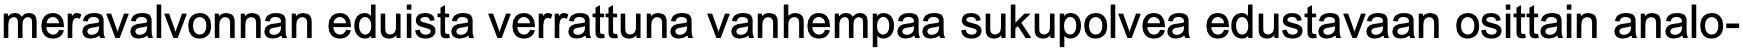
meravalvonnan eduista verrattuna vanhempaa sukupolvea edustavaan osittain analo-